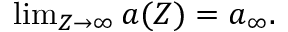
\begin{array} { r } { \operatorname* { l i m } _ { Z \to \infty } { a } ( Z ) = { a } _ { \infty } . } \end{array}